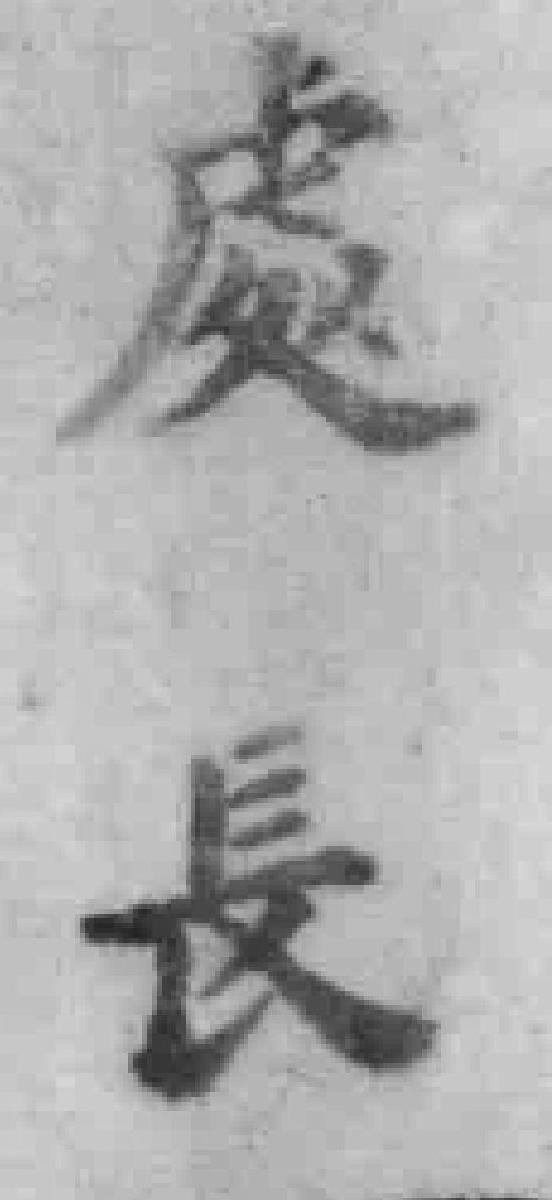
處長